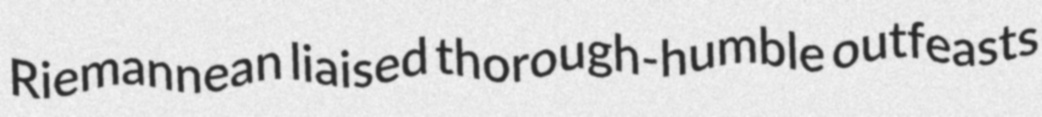
Riemannean liaised thorough-humble outfeasts